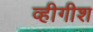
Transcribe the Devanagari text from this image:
व्हीगीश